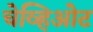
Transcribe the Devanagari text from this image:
चेव्हिओट